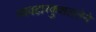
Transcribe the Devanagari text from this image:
व्यवहारकुशलतेने